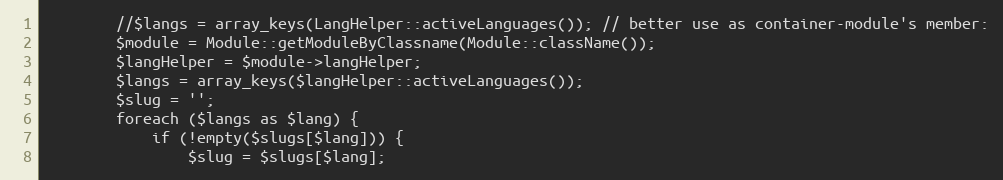
Language: PHP
        //$langs = array_keys(LangHelper::activeLanguages()); // better use as container-module's member:
        $module = Module::getModuleByClassname(Module::className());
        $langHelper = $module->langHelper;
        $langs = array_keys($langHelper::activeLanguages());
        $slug = '';
        foreach ($langs as $lang) {
            if (!empty($slugs[$lang])) {
                $slug = $slugs[$lang];